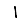
Digit: 1